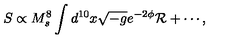
S \propto { M _ { s } ^ { 8 } } \int d ^ { 1 0 } x \sqrt { - g } e ^ { - 2 \phi } { \cal R } + \cdots ,